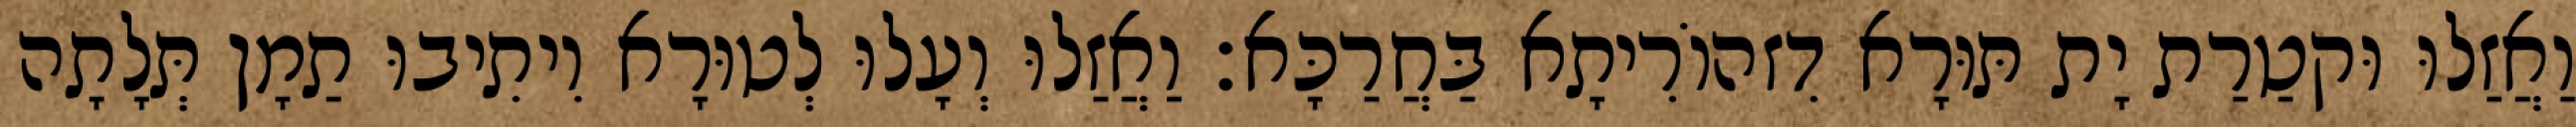
וַאֲזַלוּ וּקטַרַת יָת תּוּרָא דִזהוֹרִיתָא בַּחֲרַכָּא׃ וַאֲזַלוּ וְעָלוּ לְטוּרָא וִיתִיבוּ תַמָן תְּלָתָה